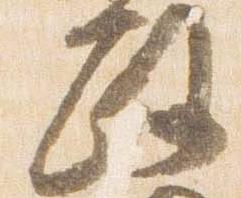
政